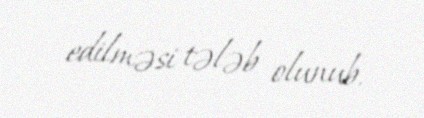
edilməsi tələb olunub.